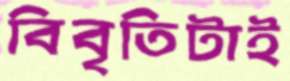
বিবৃতিটাই